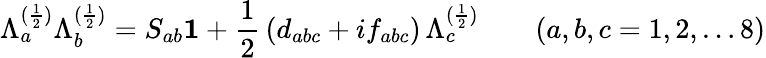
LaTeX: \Lambda_{a}^{(\frac{1}{2})}\Lambda_{b}^{(\frac{1}{2})}=S_{ab}{\mathbf 1}+\frac{1}{2}\, (d_{abc}+if_{abc})\, \Lambda_{c}^{(\frac{1}{2})}\quad\quad(a,b,c=1,2,\dots 8)